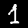
Label: 1